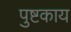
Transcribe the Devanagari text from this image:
पुष्टकाय